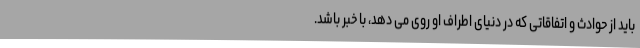
باید از حوادث و اتفاقاتی که در دنیای اطراف او روی می دهد، با خبر باشد.